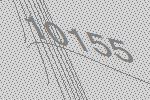
10155